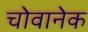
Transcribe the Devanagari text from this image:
चोवानेक